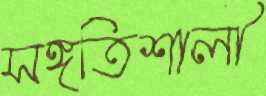
সঙ্গতিশালী